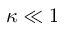
\kappa \ll 1